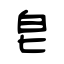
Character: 皂